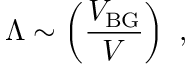
\Lambda \sim \left( \frac { V _ { \mathrm { B G } } } { V } \right) \ ,